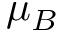
\mu _ { B }